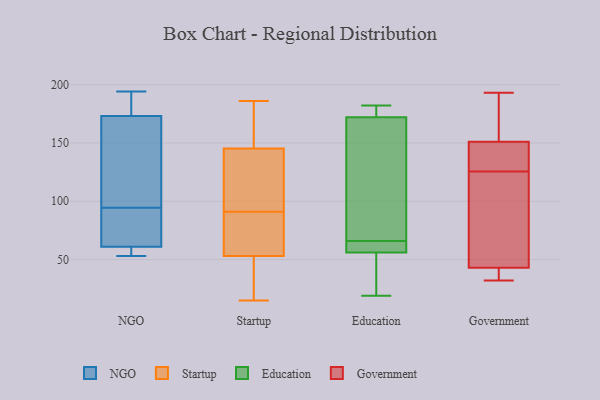
{"axis": {"x": "Active Users", "y": "Value"}, "legend": ["Education", "Government", "NGO", "Startup"], "data": [{"x": "", "y": 81, "type": "NGO"}, {"x": "", "y": 53, "type": "NGO"}, {"x": "", "y": 141, "type": "NGO"}, {"x": "", "y": 178, "type": "NGO"}, {"x": "", "y": 185, "type": "NGO"}, {"x": "", "y": 168, "type": "NGO"}, {"x": "", "y": 194, "type": "NGO"}, {"x": "", "y": 58, "type": "NGO"}, {"x": "", "y": 64, "type": "NGO"}, {"x": "", "y": 82, "type": "NGO"}, {"x": "", "y": 57, "type": "NGO"}, {"x": "", "y": 107, "type": "NGO"}, {"x": "", "y": 33, "type": "Startup"}, {"x": "", "y": 53, "type": "Startup"}, {"x": "", "y": 162, "type": "Startup"}, {"x": "", "y": 183, "type": "Startup"}, {"x": "", "y": 91, "type": "Startup"}, {"x": "", "y": 150, "type": "Startup"}, {"x": "", "y": 90, "type": "Startup"}, {"x": "", "y": 29, "type": "Startup"}, {"x": "", "y": 15, "type": "Startup"}, {"x": "", "y": 92, "type": "Startup"}, {"x": "", "y": 179, "type": "Startup"}, {"x": "", "y": 186, "type": "Startup"}, {"x": "", "y": 110, "type": "Startup"}, {"x": "", "y": 59, "type": "Startup"}, {"x": "", "y": 35, "type": "Startup"}, {"x": "", "y": 99, "type": "Startup"}, {"x": "", "y": 131, "type": "Startup"}, {"x": "", "y": 53, "type": "Startup"}, {"x": "", "y": 88, "type": "Startup"}, {"x": "", "y": 19, "type": "Education"}, {"x": "", "y": 71, "type": "Education"}, {"x": "", "y": 58, "type": "Education"}, {"x": "", "y": 172, "type": "Education"}, {"x": "", "y": 36, "type": "Education"}, {"x": "", "y": 56, "type": "Education"}, {"x": "", "y": 182, "type": "Education"}, {"x": "", "y": 61, "type": "Education"}, {"x": "", "y": 150, "type": "Education"}, {"x": "", "y": 175, "type": "Education"}, {"x": "", "y": 182, "type": "Government"}, {"x": "", "y": 43, "type": "Government"}, {"x": "", "y": 53, "type": "Government"}, {"x": "", "y": 129, "type": "Government"}, {"x": "", "y": 129, "type": "Government"}, {"x": "", "y": 151, "type": "Government"}, {"x": "", "y": 193, "type": "Government"}, {"x": "", "y": 41, "type": "Government"}, {"x": "", "y": 32, "type": "Government"}, {"x": "", "y": 122, "type": "Government"}]}